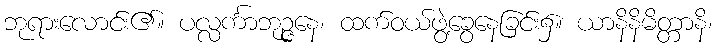
ဘုရားလောင်း၏။ ပလ္လင်္ကာဘုဉ္ဇနေ၊ ထက်ဝယ်ဖွဲ့ခွေနေခြင်း၌။ ယာနိနိမိတ္တာနိ၊